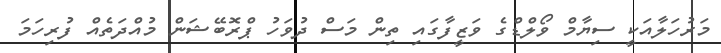
މަރުހަލާއަކީ ސިޔާމް ވޯލްޑްގެ ވަޒީފާގައި ތިން މަސް ދުވަހު ޕްރޮބޭޝަން މުއްދަތެއް ފުރިހަމަ